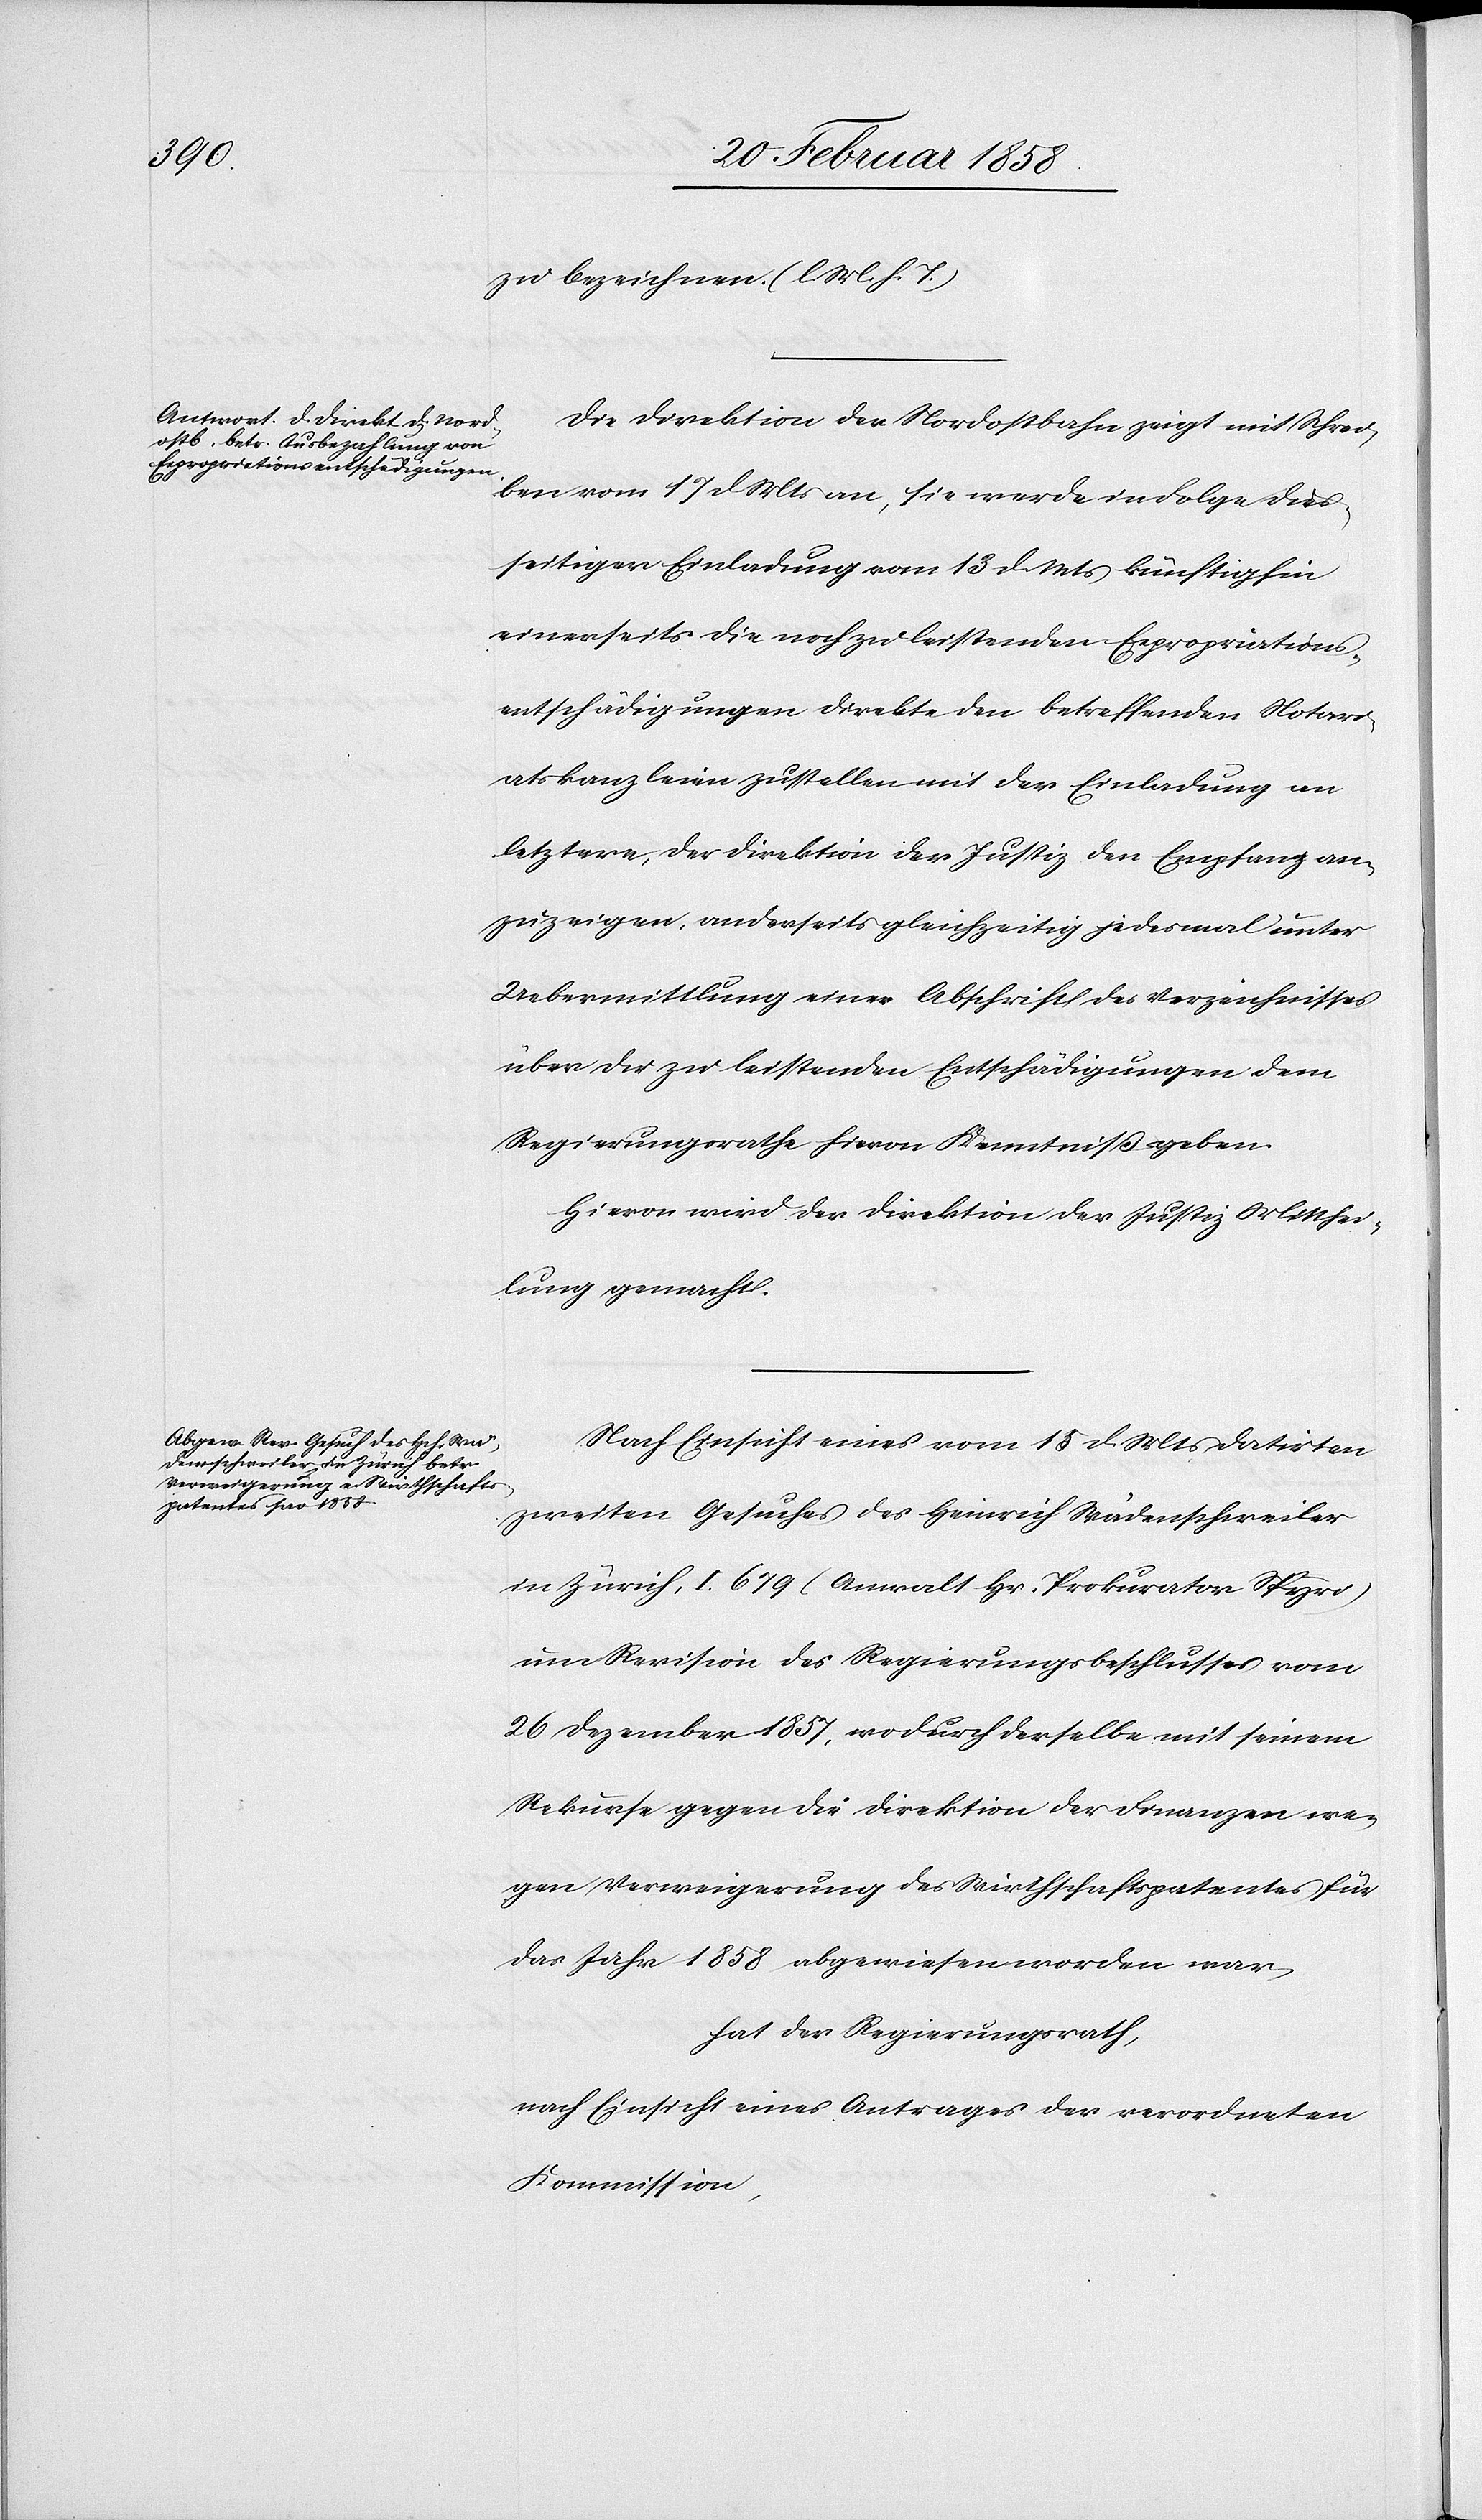
zu bezeichnen. (l. M. h. T.)
Die Direktion der Nordostbahn zeigt mit Schrei¬
ben vom 17 d Mts an, sie werde in Folge dies¬
seitiger Einladung vom 13 d. Mts künftighin
einerseits die noch zu leistenden Expropriations¬
entschädigungen direkte den betreffenden Notari¬
atskanzleien zustellen mit der Einladung an
letztere, der Direktion der Justiz den Empfang an¬
zuzeigen, anderseits gleichzeitig jedesmal unter
Uebermittlung einer Abschrift des Verzeichnisses
über die zu leistenden Entschädigungen dem
Regierungsrathe hievon Kenntniß geben.
Hievon wird der Direktion der Justiz Mitthei¬
lung gemacht.
Nach Einsicht eines vom 15 d Mts datirten
zweiten Gesuches des Heinrich Wädenschweiler
in Zürich, I. 679 (Anwalt Hr. Prokurator Spyri)
um Revision des Regierungsbeschlusses vom
26 Dezember 1857, wodurch derselbe mit seinem
Rekurse gegen die Direktion der Finanzen we¬
gen Verweigerung des Wirthschaftspatentes für
das Jahr 1858 abgewiesen worden war
hat der Regierungsrath
nach Einsicht eines Antrages der verordneten
Kommission,